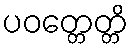
ပဝတ္တေတ္တိ